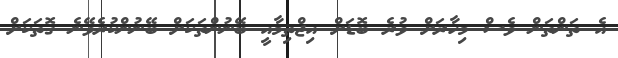
އެ ތަންތަން ވެސް މިހާރަށް ވުރެ ބޮޑަށް އިޖްތިމާއީ ބޭނުންތަކަށް ބޭނުންކުރެވޭނެ ގޮތަކަށް